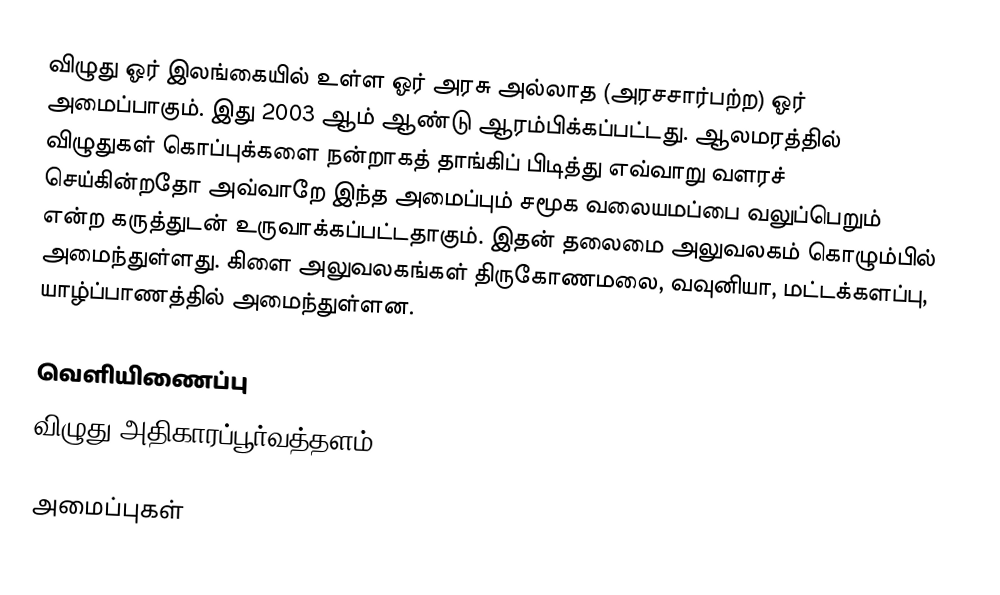
விழுது ஓர் இலங்கையில் உள்ள ஓர் அரசு அல்லாத (அரசசார்பற்ற) ஓர் அமைப்பாகும். இது 2003 ஆம் ஆண்டு ஆரம்பிக்கப்பட்டது. ஆலமரத்தில் விழுதுகள் கொப்புக்களை நன்றாகத் தாங்கிப் பிடித்து எவ்வாறு வளரச் செய்கின்றதோ அவ்வாறே இந்த அமைப்பும் சமூக வலையமப்பை வலுப்பெறும் என்ற கருத்துடன் உருவாக்கப்பட்டதாகும். இதன் தலைமை அலுவலகம் கொழும்பில் அமைந்துள்ளது. கிளை அலுவலகங்கள் திருகோணமலை, வவுனியா, மட்டக்களப்பு, யாழ்ப்பாணத்தில் அமைந்துள்ளன.

வெளியிணைப்பு
விழுது  அதிகாரப்பூர்வத்தளம்

அமைப்புகள்